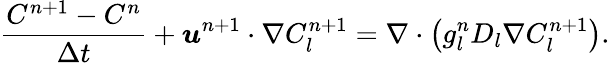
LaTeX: \frac{C^{n+1}-C^{n}}{\Delta t}+\boldsymbol{u}^{n+1}\cdot\nabla C_{l}^{n+1}=\nabla\cdot\left(g_{l}^{n}D_{l}\nabla C_{l}^{n+1}\right).